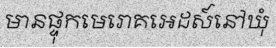
មានផ្ទុកមេរោគអេដស៍នៅឃុំ